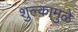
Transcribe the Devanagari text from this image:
शुल्कामुळे